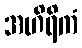
အဟိရိကံ